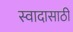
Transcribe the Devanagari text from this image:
स्वादासाठी